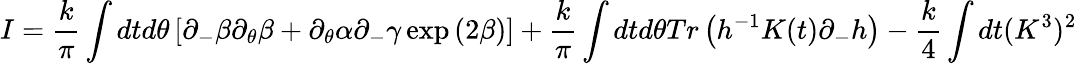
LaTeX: I=\frac{k}{\pi}\int dtd\theta\left[\partial_{-}\beta\partial_{\theta}\beta+\partial_{\theta}\alpha\partial_{-}\gamma\exp{(2\beta)}\right]+\frac{k}{\pi}\int dtd\theta Tr\left(h^{-1}K(t)\partial_{-}h\right)-\frac{k}{4}\int dt(K^{3})^{2}